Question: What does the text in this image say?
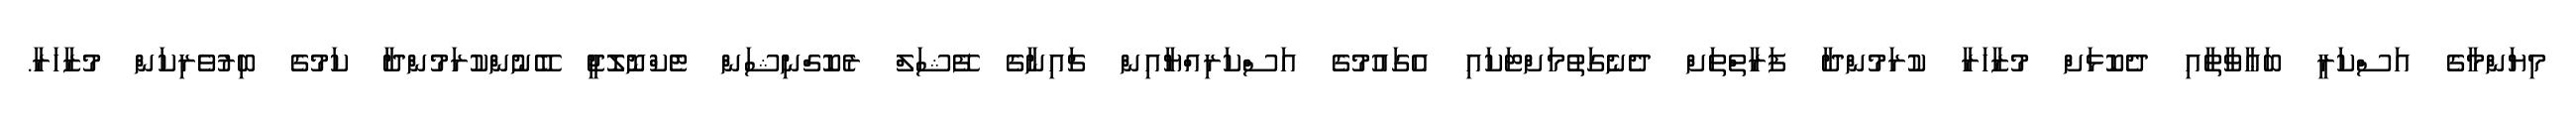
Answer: މިޔަންމާގެ އަސްކަރީ ބަޢާވާތާއި ދެކޮޅަށް މުޒާހަރާ ކުރަމުންދާ ފަރާތްތަށް ދެނެގަތުމަށްޓަކައި އެގައުމުގެ އަސްކަރިއްޔާއިން ޗައިނާގެ ފޭޝަލް ރެކޮގްނިޝަން ޓެކްނޮލޮޖީ ބޭނުންކުރަމުންދާ ކަމުގެ ބިރުވެރިކަން މުޒާހަރާ.